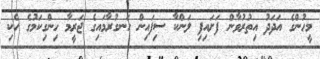
މީހުންގެ އަދަދު އިތުރުވާން ފަށައިފި ލަންކާ ސިފައިން ހަނގުރާމައިގެ ޖަރީމާ ހިންގިކަމުގެ ހެކި